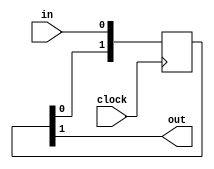
module delay_n
  (
   input  clock,
   input  in,
   output out
   );
   parameter N = 2;
   reg [N-1:0] sreg = 0;
   assign out = sreg[N-1];
   always @ (posedge clock)
     sreg <= {sreg[N-2:0],in};
endmodule